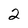
Character: 2